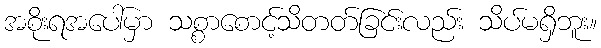
အစိုးရအပေါ်မှာ သစ္စာစောင့်သိတတ်ခြင်းလည်း သိပ်မရှိဘူး။